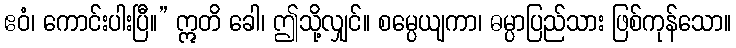
ဧဝံ၊ ကောင်းပါးပြီ။” ဣတိ ခေါ၊ ဤသို့လျှင်။ စမ္ပေယျကာ၊ ဓမ္ပာပြည်သား ဖြစ်ကုန်သော။